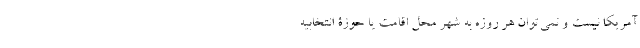
آمریکا نیست و نمی‌توان هر روزه به شهر محل اقامت یا حوزۀ انتخابیه